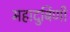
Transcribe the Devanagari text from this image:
महादुर्बिणी